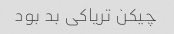
چیکن تریاکی بد بود